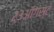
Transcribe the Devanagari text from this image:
२३ऑगस्ट